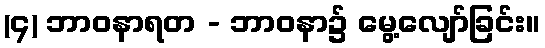
(၄) ဘာဝနာရတ - ဘာဝနာ၌ မွေ့လျော်ခြင်း။